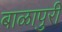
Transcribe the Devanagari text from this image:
बाळापुरी